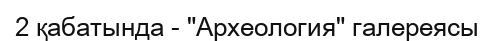
2 қабатында - "Археология" галереясы